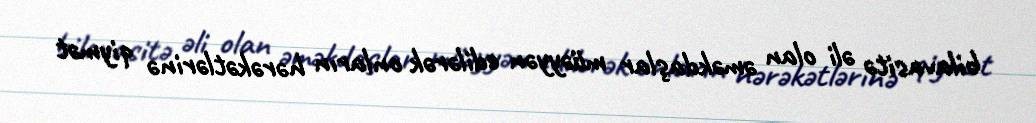
bilavasitə əli olan əməkdaşlar müəyyən edilərək onların hərəkətlərinə qiymət